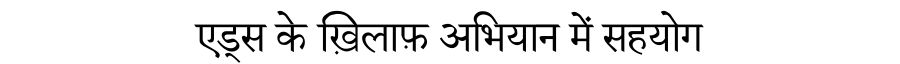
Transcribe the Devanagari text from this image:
एड्स के ख़िलाफ़ अभियान में सहयोग